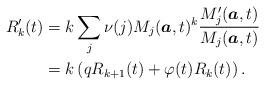
LaTeX: \begin{align*} R_k'(t) &= k\sum_j \nu(j) M_j(\boldsymbol{a},t)^k \frac{M'_j(\boldsymbol{a},t)}{M_j(\boldsymbol{a},t)} \\ &= k \left( qR_{k+1}(t) +\varphi(t) R_k(t) \right).\end{align*}